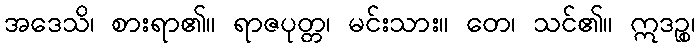
အဒေသိ၊ စားရာ၏။ ရာဇပုတ္တ၊ မင်းသား။ တေ၊ သင်၏။ ဣဒဉ္စ၊